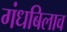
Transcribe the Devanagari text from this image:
गंधबिलाव